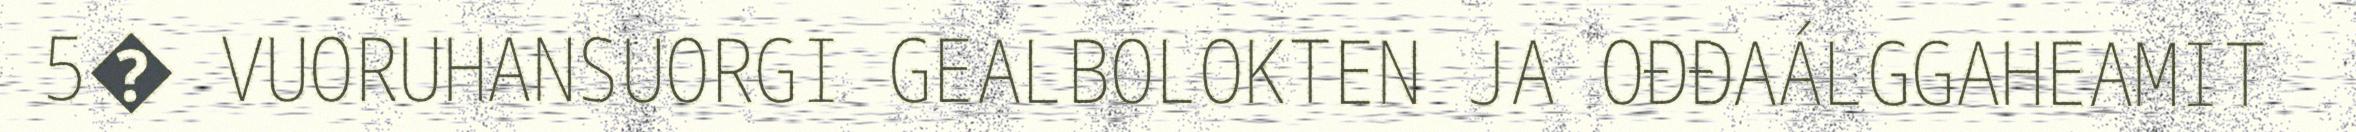
5� VUORUHANSUORGI GEALBOLOKTEN JA OĐĐAÁLGGAHEAMIT